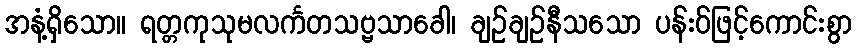
အနံ့ရှိသော။ ရတ္တကုသုမလင်္ကတသဗ္ဗသာခေါ၊ ချဉ်ချဉ်နီသသော ပန်းဝ်ဖြင့်ကောင်းစွာ